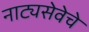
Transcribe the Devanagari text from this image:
नाट्यसेवेचे